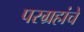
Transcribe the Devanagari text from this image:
परग्रहांचे